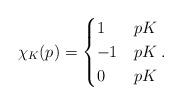
LaTeX: \begin{align*}\chi_K(p)=\begin{cases} 1 & p K\\-1 & p K\\ 0 & p K\end{cases}. \end{align*}